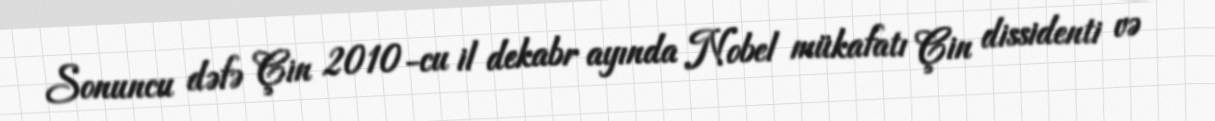
Sonuncu dəfə Çin 2010-cu il dekabr ayında Nobel mükafatı Çin dissidenti və